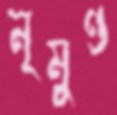
নৃমুণ্ড